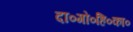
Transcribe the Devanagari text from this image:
दा०गो०हि०का०